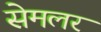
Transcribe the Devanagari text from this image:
सेमलर